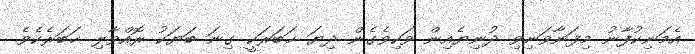
އެމަނިކުފާނު މިފަނާވަނިވި ދުނިޔެއިން ވަކިވެގެން ދިޔަ ޚަބަރަކީ ގިނަ ބަޔަކު ރޮއްވާލި ޚަބަރެކެވެ.